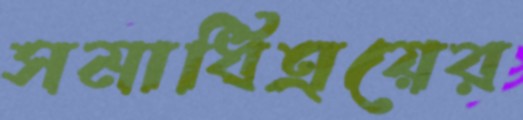
সমাধিত্রয়ের